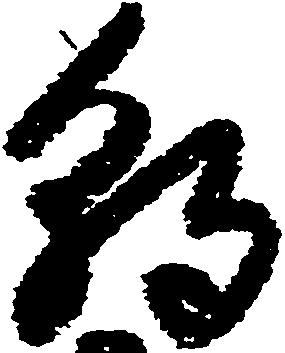
朝